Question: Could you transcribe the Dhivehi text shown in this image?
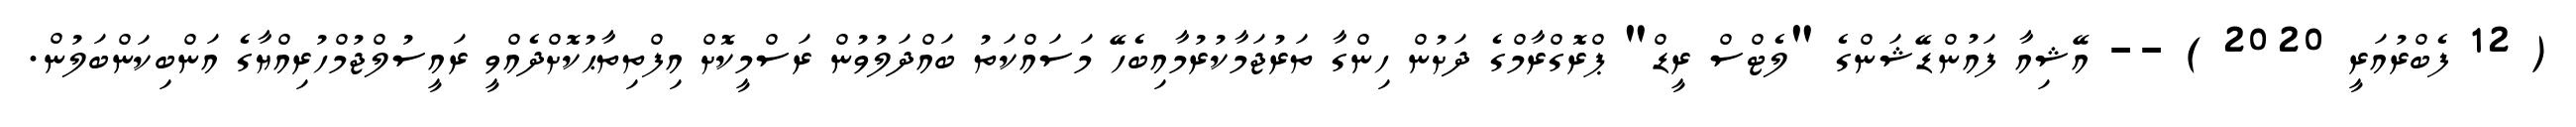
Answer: ( 12 ފެބްރުއަރީ 2020 ) -- އޭޝިއާ ފައުންޑޭޝަންގެ "ލެޓްސް ރީޑް" ޕްރޮގްރާމްގެ ދަށުން ހިންގާ ތަރުޖަމާކުރުމާއިބެހޭ މަސައްކަތު ބައްދަލުވުން ރަސްމީކޮށް އިފްތިތާޙުކޮށްދެއްވީ ރައީސުލްޖުމްހުރިއްޔާގެ އަންބިކަންބަލުން.